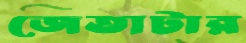
জেতাটার